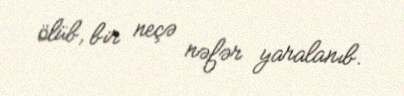
ölüb, bir neçə nəfər yaralanıb.